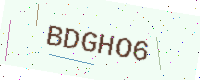
Text: BDGHO6